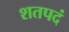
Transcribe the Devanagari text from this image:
शतपदं